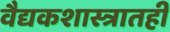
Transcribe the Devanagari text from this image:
वैद्यकशास्त्रातही